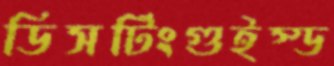
ডিসটিংগুইস্ড